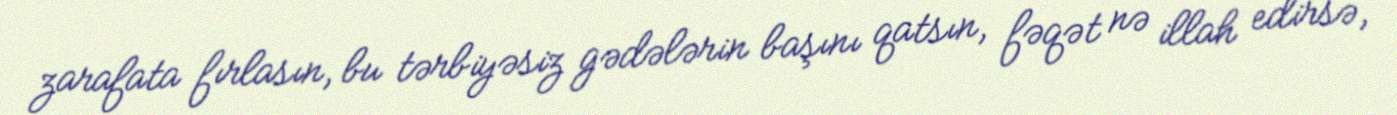
zarafata fırlasın, bu tərbiyəsiz gədələrin başını qatsın, fəqət nə illah edirsə,